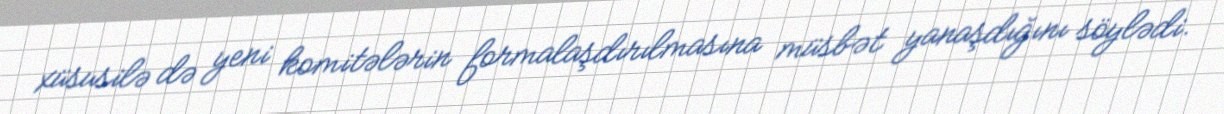
xüsusilə də yeni komitələrin formalaşdırılmasına müsbət yanaşdığını söylədi.